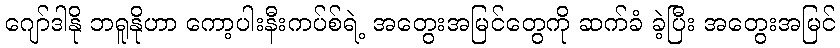
ဂျော်ဒါနို ဘရူနိုဟာ ကော့ပါးနီးကပ်စ်ရဲ့ အတွေးအမြင်တွေကို ဆက်ခံ ခဲ့ပြီး အတွေးအမြင်